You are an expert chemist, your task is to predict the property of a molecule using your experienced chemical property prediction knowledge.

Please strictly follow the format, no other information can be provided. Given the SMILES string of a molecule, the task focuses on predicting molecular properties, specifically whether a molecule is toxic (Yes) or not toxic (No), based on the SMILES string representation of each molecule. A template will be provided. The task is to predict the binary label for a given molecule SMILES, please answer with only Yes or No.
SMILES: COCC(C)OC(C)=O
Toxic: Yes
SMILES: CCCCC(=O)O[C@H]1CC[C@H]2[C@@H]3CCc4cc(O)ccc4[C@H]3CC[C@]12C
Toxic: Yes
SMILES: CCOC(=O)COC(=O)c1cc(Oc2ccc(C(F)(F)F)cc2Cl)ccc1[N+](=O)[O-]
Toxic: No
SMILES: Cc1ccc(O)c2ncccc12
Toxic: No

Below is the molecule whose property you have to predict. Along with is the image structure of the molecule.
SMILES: C=CC(=O)OCC1CCCO1
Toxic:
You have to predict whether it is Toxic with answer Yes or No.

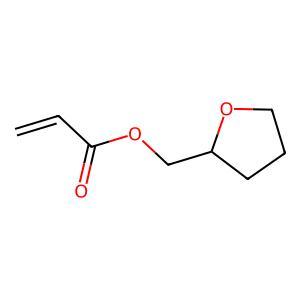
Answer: No